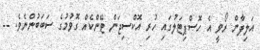
އަލިފާން ރޯވީ އެ ހޮސްޕިޓަލުގައި ހުރި އޮކްސިޖަން ޓޭންކެއް ގޮވުމުގެ ސަބަބުންނެވެ. --